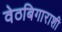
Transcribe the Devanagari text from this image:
वेठबिगाराशी